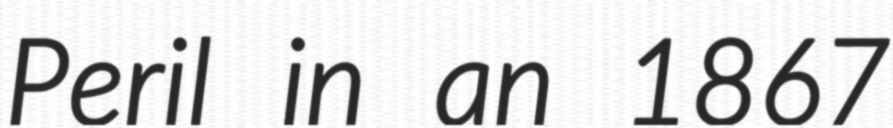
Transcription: Peril in an 1867